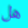
هل